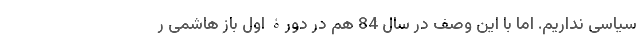
سیاسی نداریم. اما با این وصف در سال 84 هم در دورۀ اول باز هاشمی ر